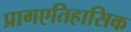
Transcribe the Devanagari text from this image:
प्रागएतिहासिक